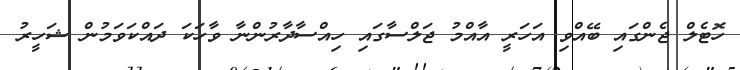
ހޮޓެލް ޖެންގައި ބޭއްވި އަހަރީ އާއްމު ޖަލްސާގައި ހިއްސާދާރުންނާ ވާހަކަ ދައްކަވަމުން ޝަހީރު